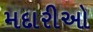
મદારીઓ